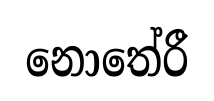
නොතේරී